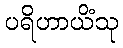
ပရိဟာယိံသု